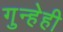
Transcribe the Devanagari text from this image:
गुन्हेही